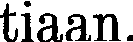
tiaan.